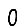
Digit: 0